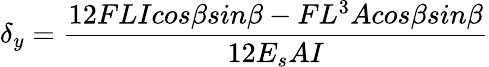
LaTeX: \delta{_y}=\frac{12FLIcos\beta sin\beta-FL^{3}Acos\beta sin\beta}{12E_{s}AI}